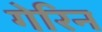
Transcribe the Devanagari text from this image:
गेरिन